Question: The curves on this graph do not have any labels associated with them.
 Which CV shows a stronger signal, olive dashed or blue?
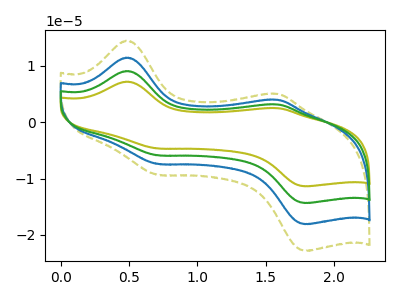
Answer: <think>The olive curve "olive" has anodic peaks at (0.50V, 34.45uA) (1.60V, 12.00uA) and cathodic peaks at (0.70V, -22.25uA) (1.80V, -54.25uA). The olive dashed curve "olive dashed" has anodic peaks at (0.50V, 14.50uA) (1.60V, 5.05uA) and cathodic peaks at (0.70V, -9.35uA) (1.80V, -22.80uA). The blue curve "blue" has anodic peaks at (0.50V, 11.50uA) (1.60V, 4.00uA) and cathodic peaks at (0.70V, -7.40uA) (1.80V, -18.10uA). The green curve "green" has anodic peaks at (0.50V, 23.00uA) (1.60V, 8.00uA) and cathodic peaks at (0.70V, -14.80uA) (1.80V, -36.20uA).
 All the peaks in "olive dashed" have a peak in "blue" at the same potential. Every peak in "olive dashed" is higher than every peak in "blue".</think>
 <answer>"olive dashed" has more signal than "blue".</answer>
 <eval>more_signal</eval>